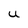
Character: U